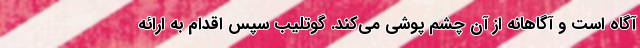
آگاه است و آگاهانه از آن چشم پوشی می‌کند. گوتلیب سپس اقدام به ارائه